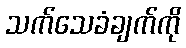
သက်သေခံချက်ကို